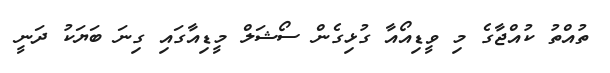
ތުއްތު ކުއްޖާގެ މި ވީޑިއޯއާ ގުޅިގެން ސޯޝަލް މީޑިއާގައި ގިނަ ބަޔަކު ދަނީ